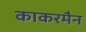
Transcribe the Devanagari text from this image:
काकरमैन